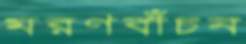
মরণবাঁচন